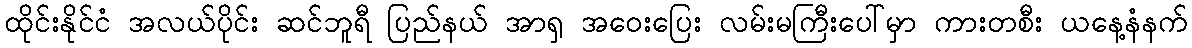
ထိုင်းနိုင်ငံ အလယ်ပိုင်း ဆင်ဘူရီ ပြည်နယ် အာရှ အဝေးပြေး လမ်းမကြီးပေါ်မှာ ကားတစီး ယနေ့နံနက်